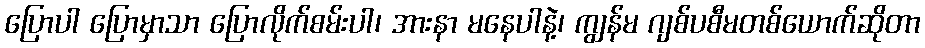
ပြောပါ ပြောမှာသာ ပြောလိုက်စမ်းပါ၊ အားနာ မနေပါနဲ့၊ ကျွန်မ ဂျစ်ပစီမတစ်ယောက်ဆိုတာ